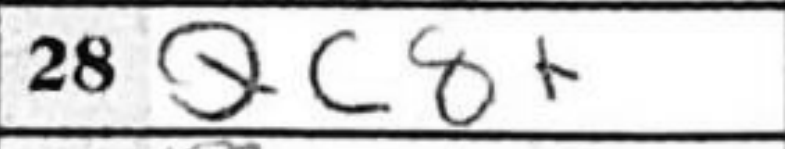
Transcription: Qc8+